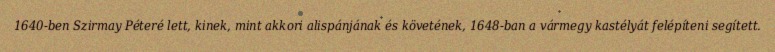
1640-ben Szirmay Péteré lett, kinek, mint akkori alispánjának és követének, 1648-ban a vármegy kastélyát felépíteni segített.